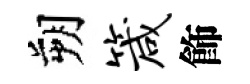
朔箴飾